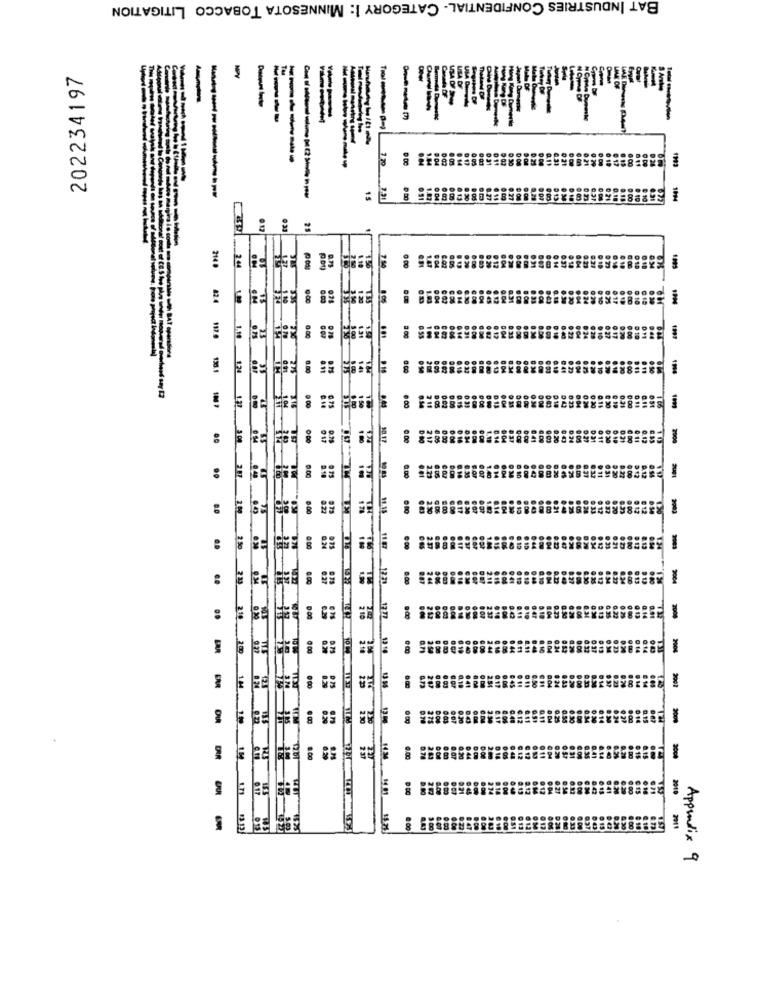
BAT INDUSTRIES CONFIDENTIAL- CATEGORY I: MINNESOTA TOBACCO LITIGATION
202234197
E
----
------
.84
1993
----
--
---------
15
7.91
2228828
1094
2140
2.44
82.4
0.00
1.19
124
0.00
000
2000
:
0.00
:
2.09
0.00
-38-
0:00
:
1271
:
-
BAR
DAR
12 67
1.00
2010
2011
Appendix 9